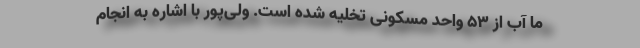
ما آب از ۵٣ واحد مسکونی تخلیه شده است. ولی‌پور با اشاره به انجام